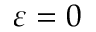
\varepsilon = 0